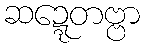
ဆဍ္ဍေတဗ္ဗာ